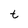
Character: t